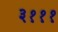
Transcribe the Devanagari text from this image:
३१११